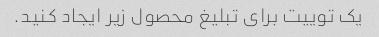
یک توییت برای تبلیغ محصول زیر ایجاد کنید.